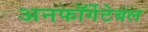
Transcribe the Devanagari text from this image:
अनफॉर्गेटेबल